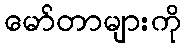
မော်တာများကို